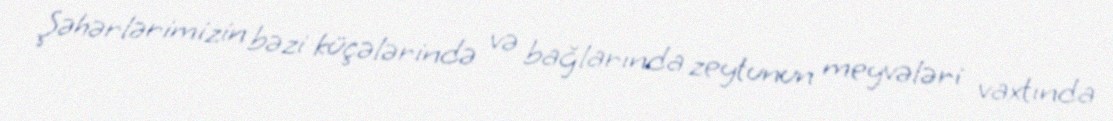
Şəhərlərimizin bəzi küçələrində və bağlarında zeytunun meyvələri vaxtında